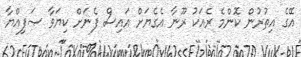
އޭގެ އިތުރުން ކޮންމެ ރެއަކު ރޫނާ އެގެޔަށް އައިސް ފެނަށް ކިޔަވާ ޞަފިއްޔާ